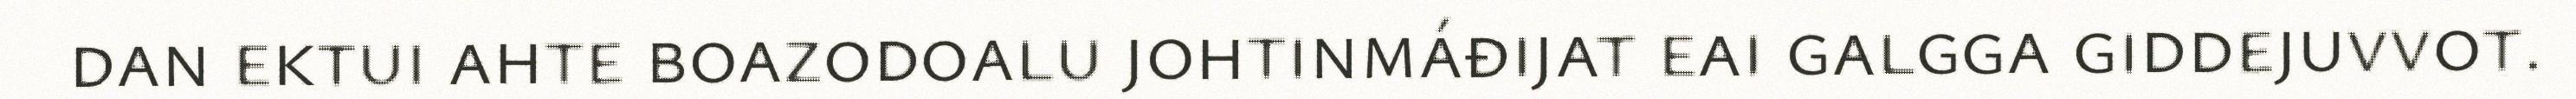
dan ektui ahte boazodoalu johtinmáđijat eai galgga giddejuvvot.